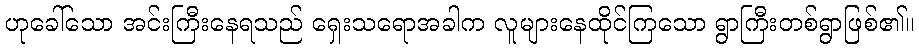
ဟုခေါ်သော အင်းကြီးနေရသည် ရှေးသရောအခါက လူများနေထိုင်ကြသော ရွာကြီးတစ်ရွာဖြစ်၏။